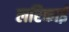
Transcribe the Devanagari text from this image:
लरिकाई